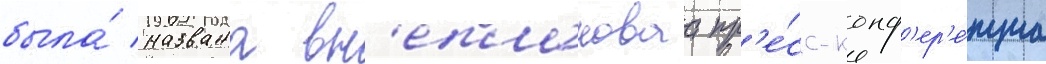
была́ названа вн'еплановаа пр'е́сс-конф'ер'е́нциа